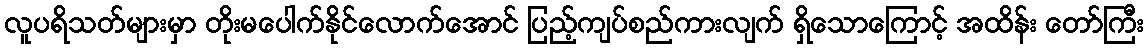
လူပရိသတ်များမှာ တိုးမပေါက်နိုင်လောက်အောင် ပြည့်ကျပ်စည်ကားလျက် ရှိသောကြောင့် အထိန်း တော်ကြီး